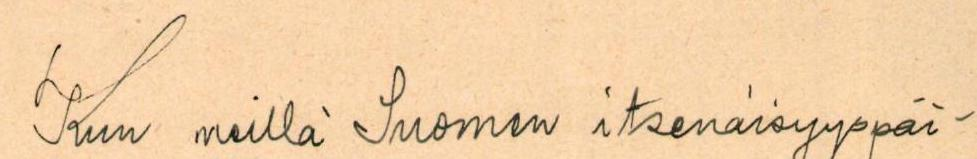
Kun meillä Suomen itsenäisyyspäi-